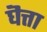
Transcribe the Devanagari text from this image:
घॆत्ता